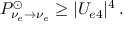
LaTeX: P _ { \nu _ { e } \rightarrow \nu _ { e } } ^ { \odot } \geq | U _ { e 4 } | ^ { 4 } \, .